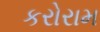
કરોરામ